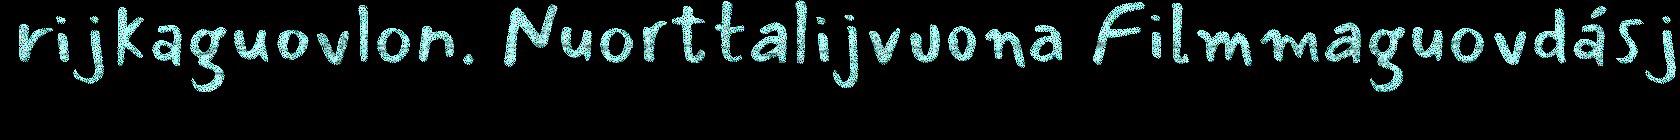
rijkaguovlon. Nuorttalijvuona Filmmaguovdásj